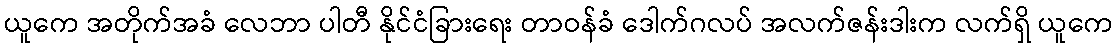
ယူကေ အတိုက်အခံ လေဘာ ပါတီ နိုင်ငံခြားရေး တာဝန်ခံ ဒေါက်ဂလပ် အလက်ဇန်းဒါးက လက်ရှိ ယူကေ